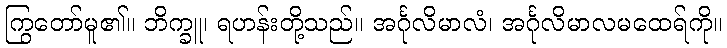
ကြွတော်မူ၏။ ဘိက္ခူ၊ ရဟန်းတို့သည်။ အင်္ဂုလိမာလံ၊ အင်္ဂုလိမာလမထေရ်ကို။